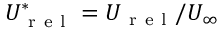
U _ { \mathrm { ~ r ~ e ~ l ~ } } ^ { * } = U _ { \mathrm { ~ r ~ e ~ l ~ } } / U _ { \infty }